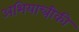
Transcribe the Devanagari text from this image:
अभियान्त्रीकी